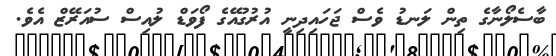
ބާސެލޯނާގެ ތިން ލަނޑު ވެސް ޖަހައިދިނީ އުރުގުއޭގެ ފޯވަޑް ލުއިސް ސުއަރޭޒް އެވެ.